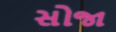
સોજા